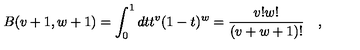
B ( v + 1 , w + 1 ) = \int _ { 0 } ^ { 1 } d t t ^ { v } ( 1 - t ) ^ { w } = { \frac { v ! w ! } { ( v + w + 1 ) ! } } \quad ,